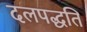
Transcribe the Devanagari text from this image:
दलपद्धति